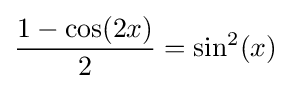
{\frac {1-\cos(2x)}{2}}=\sin ^{2}(x)